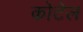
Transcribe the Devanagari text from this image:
कोटेल